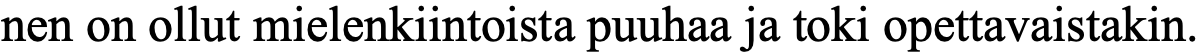
nen on ollut mielenkiintoista puuhaa ja toki opettavaistakin.